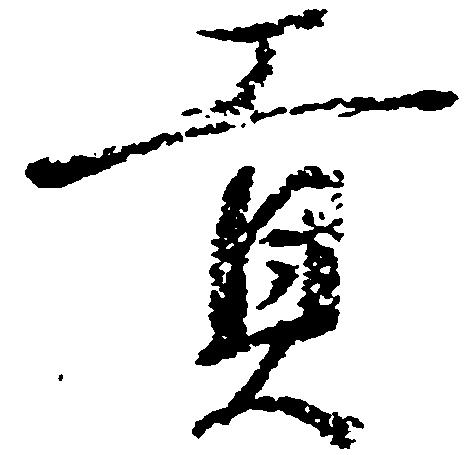
貢